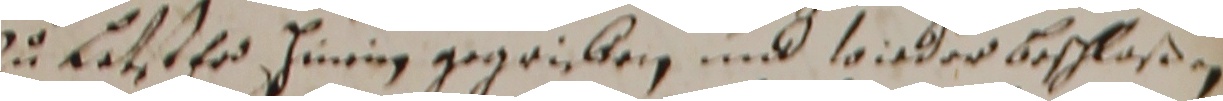
zu Letsterd Hinrin gegriben und wieder beschlaßen